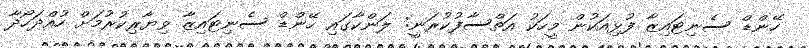
ހޭންޑް ސެނިޓައިޒާ ފުޅިއަކުން މީހަކު އަތްސާފުކުރަނީ: ލަންކާގައި ހޭންޑް ސެނިޓައިޒާ ވިޔާރިކުރުމަށް ހުއްދަހޯދާ